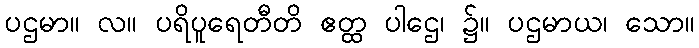
ပဌမာ။ လ။ ပရိပူရေတီတိ ဧတ္ထ ပါဌေ၊ ၌။ ပဌမာယ၊ သော။